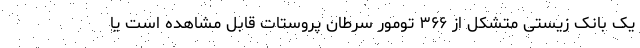
یک بانک زیستی متشکل از ۳۶۶ تومور سرطان پروستات قابل مشاهده است یا